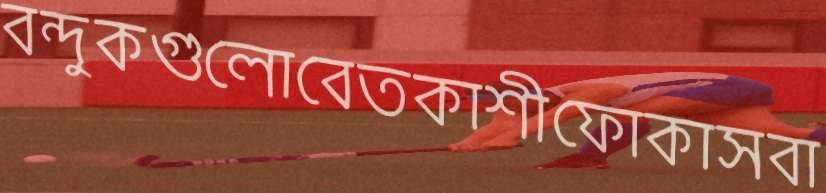
বন্দুকগুলোবেতকাশীফোকাসবা